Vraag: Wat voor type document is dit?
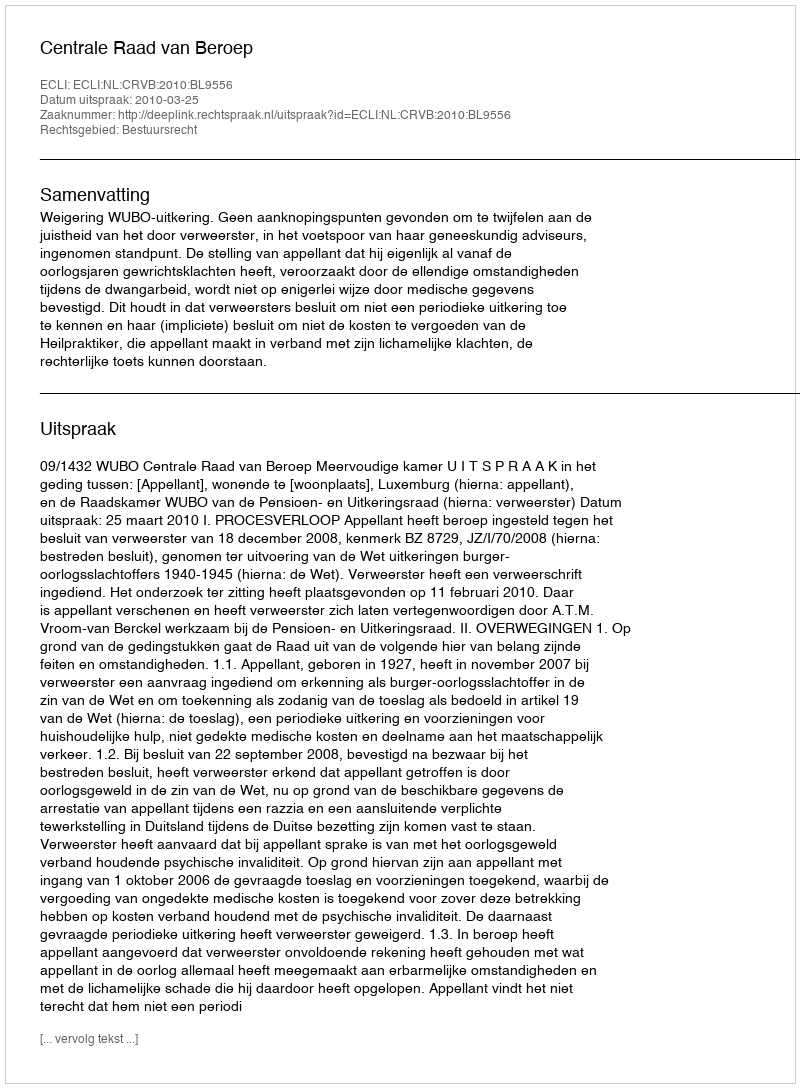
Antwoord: Uitspraak